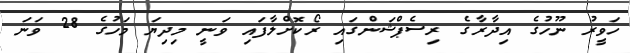
ހަވީރު ނޫހުގެ އިދާރާގެ ރިސެޕްޝަންގައި ރޯކޮށްލާފައި ވަނީ މިދިޔަ މަހުގެ 28 ވަނަ